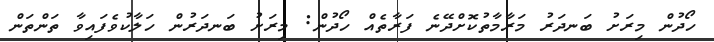
ހޯދުން މިރަށު ބަނދަރު މަރާމާތުކޮށްދޭނެ ފަރާތެއް ހޯދުން: މިރަށު ބަނދަރުން ހަލާކުވެފައިވާ ތަންތަން